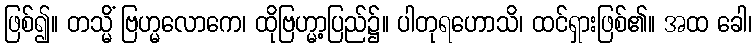
ဖြစ်၍။ တသ္မိံ ဗြဟ္မလောကေ၊ ထိုဗြဟ္မာ့ပြည်၌။ ပါတုရဟောသိ၊ ထင်ရှားဖြစ်၏။ အထ ခေါ၊